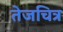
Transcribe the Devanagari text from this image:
तेजचित्र